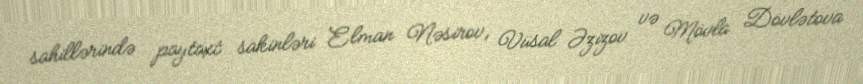
sahillərində paytaxt sakinləri Elman Nəsirov, Vüsal Əzizov və Mövla Dövlətova